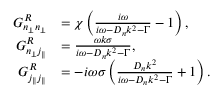
\begin{array} { r l } { G _ { n _ { \perp } n _ { \perp } } ^ { R } } & { = \chi \left( \frac { i \omega } { i \omega - D _ { n } k ^ { 2 } - \Gamma } - 1 \right) , } \\ { G _ { n _ { \perp } j _ { \| } } ^ { R } } & { = \frac { \omega k \sigma } { i \omega - D _ { n } k ^ { 2 } - \Gamma } , } \\ { G _ { j _ { \| } j _ { \| } } ^ { R } } & { = - i \omega \sigma \left( \frac { D _ { n } k ^ { 2 } } { i \omega - D _ { n } k ^ { 2 } - \Gamma } + 1 \right) . } \end{array}